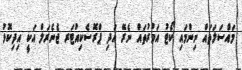
މައްސަލަތައް ނިންމައި ކޯޓު އަމުރުތައް ނެރޭ އަދި ޕްރޮސެކިއުޓަރ ޖެނެރަލް އަކީ އިދިކޮޅު